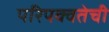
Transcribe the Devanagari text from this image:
परिपक्वतेची